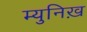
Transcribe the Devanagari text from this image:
म्युनिख़